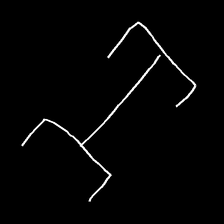
Glyph: entwine